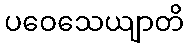
ပဝေသေယျာတိ